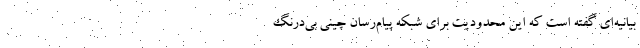
بیانیه‌ای گفته است که این محدودیت برای شبکه پیام‌رسان چینی بی‌درنگ